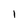
Character: I